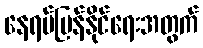
နေရပ်ပြန်နိုင်ရေးအတွက်